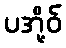
ပအို့ဝ်